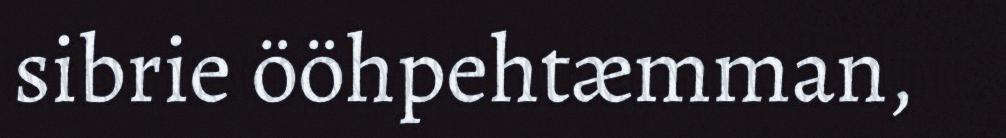
sibrie ööhpehtæmman,